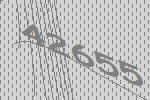
42655